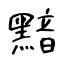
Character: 黯